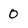
Character: 0